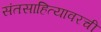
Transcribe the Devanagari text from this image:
संतसाहित्यावरची